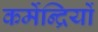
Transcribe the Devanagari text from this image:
कर्मेन्द्रियों